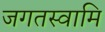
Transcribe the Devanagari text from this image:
जगतस्‍वामि